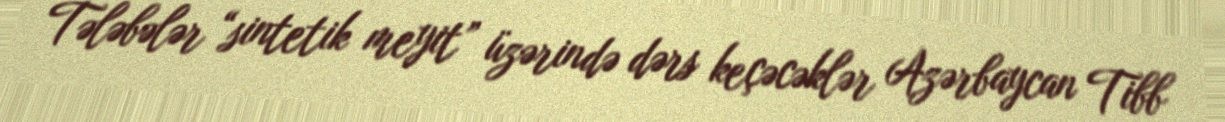
Tələbələr “sintetik meyit” üzərində dərs keçəcəklər Azərbaycan Tibb